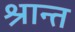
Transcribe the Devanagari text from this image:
श्रान्त